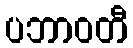
ပဘာဝတီ